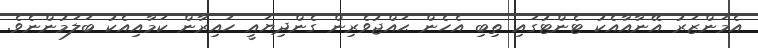
އެމަންޒަރު އޭނާއާއެކު ޓެންޓުގައި ތިބި އެހެން ޙައްޖުވެރިން ގެންދިޔައީ ހައިރާން ކަމާއިއެކު ބަލަމުންނެވެ.